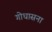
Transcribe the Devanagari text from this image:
गोधासना